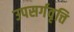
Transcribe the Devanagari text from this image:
उपसर्गवृत्ति